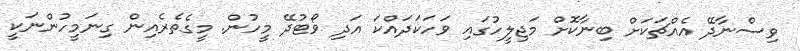
ވިސްނާދޭ އެއްޗަކަށް ބިނާކޮށް މަޖިލީހުގައި ވަހަކަދައްކަ އަދި ވޯޓުދޭ މީހުން. މީގެތެރެއިން ގިނަމީހުންނަކީ